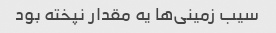
سیب زمینی‌ها یه مقدار نپخته بود